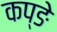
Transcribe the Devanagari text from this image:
कप्ङे